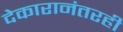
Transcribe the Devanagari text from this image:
देकारानंतरही